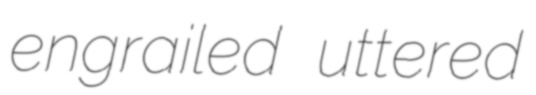
engrailed uttered